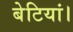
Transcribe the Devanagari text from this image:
बेटियां।